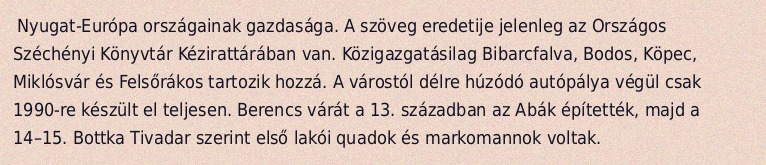
Nyugat-Európa országainak gazdasága. A szöveg eredetije jelenleg az Országos Széchényi Könyvtár Kézirattárában van. Közigazgatásilag Bibarcfalva, Bodos, Köpec, Miklósvár és Felsőrákos tartozik hozzá. A várostól délre húzódó autópálya végül csak 1990-re készült el teljesen. Berencs várát a 13. században az Abák építették, majd a 14–15. Bottka Tivadar szerint első lakói quadok és markomannok voltak.